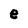
Character: e